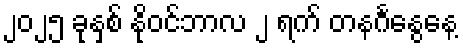
၂၀၂၅ ခုနှစ် နိုဝင်ဘာလ ၂ ရက် တနင်္ဂနွေနေ့